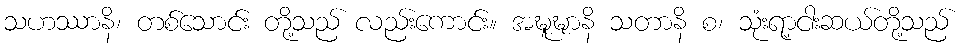
သဟဿာနိ၊ တစ်သောင်း တို့သည် လည်းကောင်း။ အဍ္ဎူဍ္ဎာနိ သတာနိ စ၊ သုံးရာ့ငါးဆယ်တို့သည်